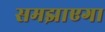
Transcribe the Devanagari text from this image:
समझाएगा